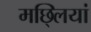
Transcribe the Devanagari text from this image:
मछ्लियां